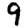
Digit: 9